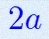
2a